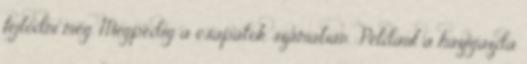
fejlődni még. Mégpedig a csapatok számában. Például a házigazda